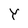
Character: Y